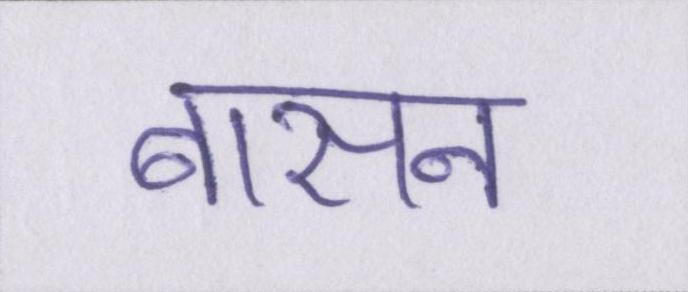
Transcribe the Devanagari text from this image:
बासन